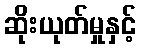
ဆိုးယုတ်မှုနှင့်